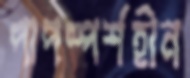
পাপস্পর্শহীন